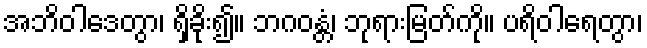
အဘိဝါဒေတွာ၊ ရှိခိုး၍။ ဘဂဝန္တံ၊ ဘုရားမြတ်ကို။ ပရိဝါရေတွာ၊